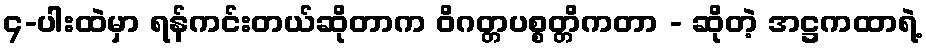
၄-ပါးထဲမှာ ရန်ကင်းတယ်ဆိုတာက ဝိဂတ္တပစ္စတ္တိကတာ - ဆိုတဲ့ အဋ္ဌကထာရဲ့